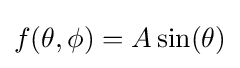
f(\theta ,\phi )=A\sin(\theta )